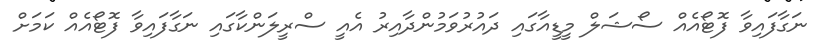
ނަގާފައިވާ ފޮޓޯއެއް ސޯޝަލް މީޑީއާގައި ދައުރުވަމުންދާއިރު އެއީ ސްރީލަންކާގައި ނަގާފައިވާ ފޮޓޯއެއް ކަމަށް